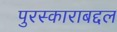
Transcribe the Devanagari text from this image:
पुरस्काराबद्दल